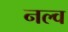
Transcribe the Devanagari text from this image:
नल्व